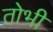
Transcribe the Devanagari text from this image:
तोभी